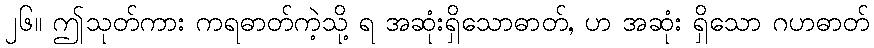
၂၆။ ဤသုတ်ကား ကရဓာတ်ကဲ့သို့ ရ အဆုံးရှိသောဓာတ်, ဟ အဆုံး ရှိသော ဂဟဓာတ်